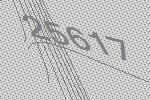
25617